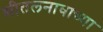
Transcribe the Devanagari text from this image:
शीतलनावाच्या